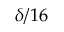
\delta / 1 6